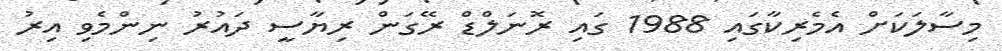
މިސާލަކަށް އެމެރިކާގައި 1988 ގައި ރޮނަލްޑް ރޭގަން ރިޔާސީ ދައުރު ނިންމެވި އިރު